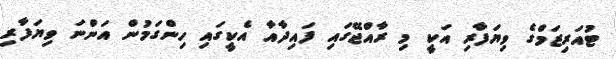
ޓުއަރިޒަމްގެ ވިޔަފާރި އަކީ މި ރާއްޖޭގައި ފައިދާއާ އެކީގައި ހިންގަމުން އަންނަ ވިޔަފާރި